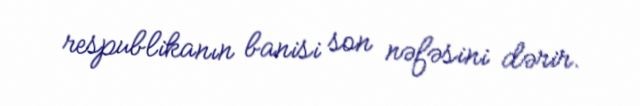
respublikanın banisi son nəfəsini dərir.